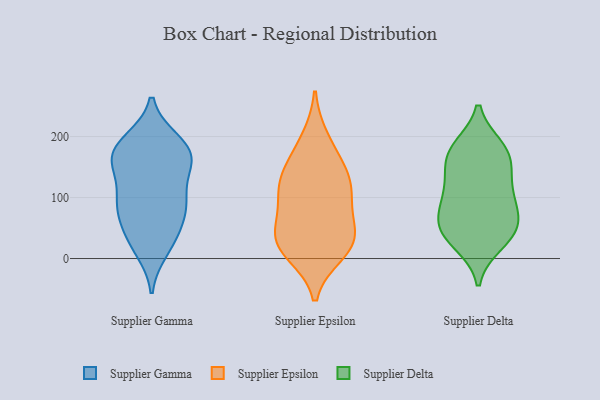
{"axis": {"x": "Waste Production (Tons)", "y": "Value"}, "legend": ["Supplier Delta", "Supplier Epsilon", "Supplier Gamma"], "data": [{"x": "", "y": 171, "type": "Supplier Gamma"}, {"x": "", "y": 191, "type": "Supplier Gamma"}, {"x": "", "y": 13, "type": "Supplier Gamma"}, {"x": "", "y": 40, "type": "Supplier Gamma"}, {"x": "", "y": 126, "type": "Supplier Gamma"}, {"x": "", "y": 193, "type": "Supplier Gamma"}, {"x": "", "y": 158, "type": "Supplier Gamma"}, {"x": "", "y": 85, "type": "Supplier Gamma"}, {"x": "", "y": 94, "type": "Supplier Gamma"}, {"x": "", "y": 99, "type": "Supplier Gamma"}, {"x": "", "y": 20, "type": "Supplier Gamma"}, {"x": "", "y": 158, "type": "Supplier Gamma"}, {"x": "", "y": 41, "type": "Supplier Gamma"}, {"x": "", "y": 82, "type": "Supplier Gamma"}, {"x": "", "y": 158, "type": "Supplier Gamma"}, {"x": "", "y": 66, "type": "Supplier Gamma"}, {"x": "", "y": 168, "type": "Supplier Gamma"}, {"x": "", "y": 194, "type": "Supplier Gamma"}, {"x": "", "y": 161, "type": "Supplier Gamma"}, {"x": "", "y": 92, "type": "Supplier Gamma"}, {"x": "", "y": 10, "type": "Supplier Epsilon"}, {"x": "", "y": 70, "type": "Supplier Epsilon"}, {"x": "", "y": 110, "type": "Supplier Epsilon"}, {"x": "", "y": 23, "type": "Supplier Epsilon"}, {"x": "", "y": 28, "type": "Supplier Epsilon"}, {"x": "", "y": 123, "type": "Supplier Epsilon"}, {"x": "", "y": 106, "type": "Supplier Epsilon"}, {"x": "", "y": 135, "type": "Supplier Epsilon"}, {"x": "", "y": 30, "type": "Supplier Epsilon"}, {"x": "", "y": 161, "type": "Supplier Epsilon"}, {"x": "", "y": 39, "type": "Supplier Epsilon"}, {"x": "", "y": 195, "type": "Supplier Epsilon"}, {"x": "", "y": 26, "type": "Supplier Delta"}, {"x": "", "y": 41, "type": "Supplier Delta"}, {"x": "", "y": 48, "type": "Supplier Delta"}, {"x": "", "y": 181, "type": "Supplier Delta"}, {"x": "", "y": 140, "type": "Supplier Delta"}, {"x": "", "y": 163, "type": "Supplier Delta"}, {"x": "", "y": 177, "type": "Supplier Delta"}, {"x": "", "y": 73, "type": "Supplier Delta"}, {"x": "", "y": 107, "type": "Supplier Delta"}, {"x": "", "y": 62, "type": "Supplier Delta"}, {"x": "", "y": 92, "type": "Supplier Delta"}, {"x": "", "y": 40, "type": "Supplier Delta"}, {"x": "", "y": 112, "type": "Supplier Delta"}, {"x": "", "y": 172, "type": "Supplier Delta"}]}